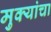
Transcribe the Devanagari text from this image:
मुक्यांचा